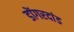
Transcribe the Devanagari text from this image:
डोंगरदांड